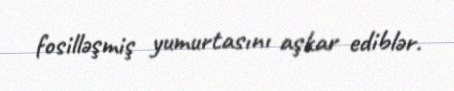
fosilləşmiş yumurtasını aşkar ediblər.